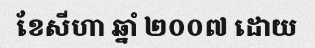
ខែសីហា ឆ្នាំ ២០០៧ ដោយ